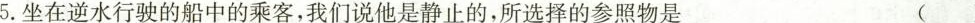
5.坐在逆水行驶的船中的乘客，我们说他是静止的，所选择的参照物是 ()